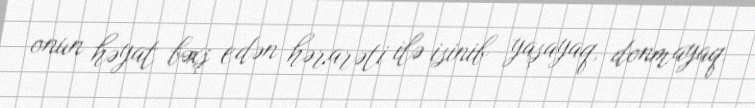
onun həyat bəxş edən hərarəti ilə isinib yaşayaq, donmayaq.